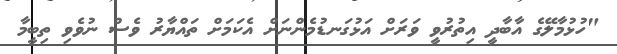
"ހުޅުމާލޭގެ އާބާދީ އިތުރުވީ ވަރަށް އަޅުގަނޑުމެންނަށް އެކަމަށް ތައްޔާރު ވެސް ނުވެވި ތިބީމާ